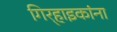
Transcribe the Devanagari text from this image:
गिर्‍हाइकांना